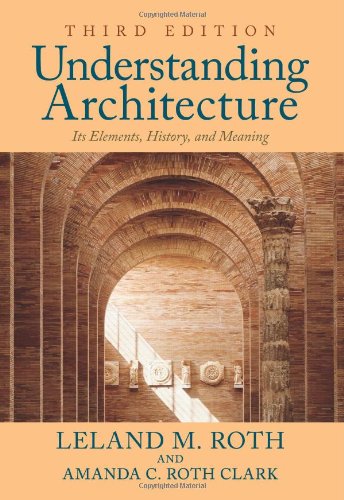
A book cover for Understanding Architecture: Its Elements, History, and Meaning; Leland M. Roth; Arts & Photography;